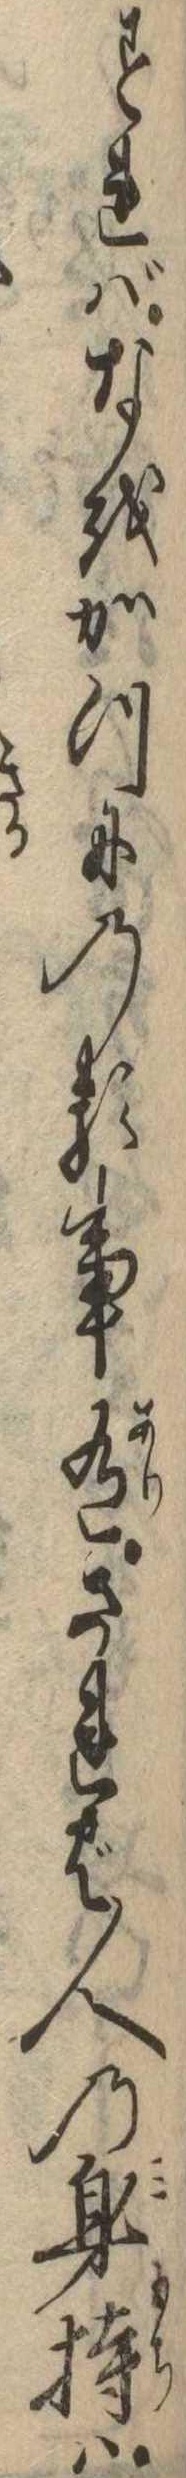
すればなをかつにのる事有されば人の身持は